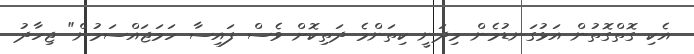
އެކި ގޮތްގޮތުން އަޅުގަނޑުމެން މިދަނީ ކިތަންމެ ދަތިކޮށް ވެސް ފައިސާ ހަމަޖައްސަމުން" ޖިހާދު